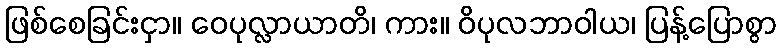
ဖြစ်စေခြင်းငှာ။ ဝေပုလ္လာယာတိ၊ ကား။ ဝိပုလဘာဝါယ၊ ပြန့်ပြောစွာ